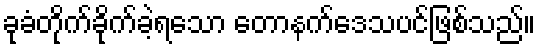
ခုခံတိုက်ခိုက်ခဲ့ရသော တောနက်ဒေသပင်ဖြစ်သည်။